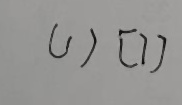
( 1 ) [ 7 ]